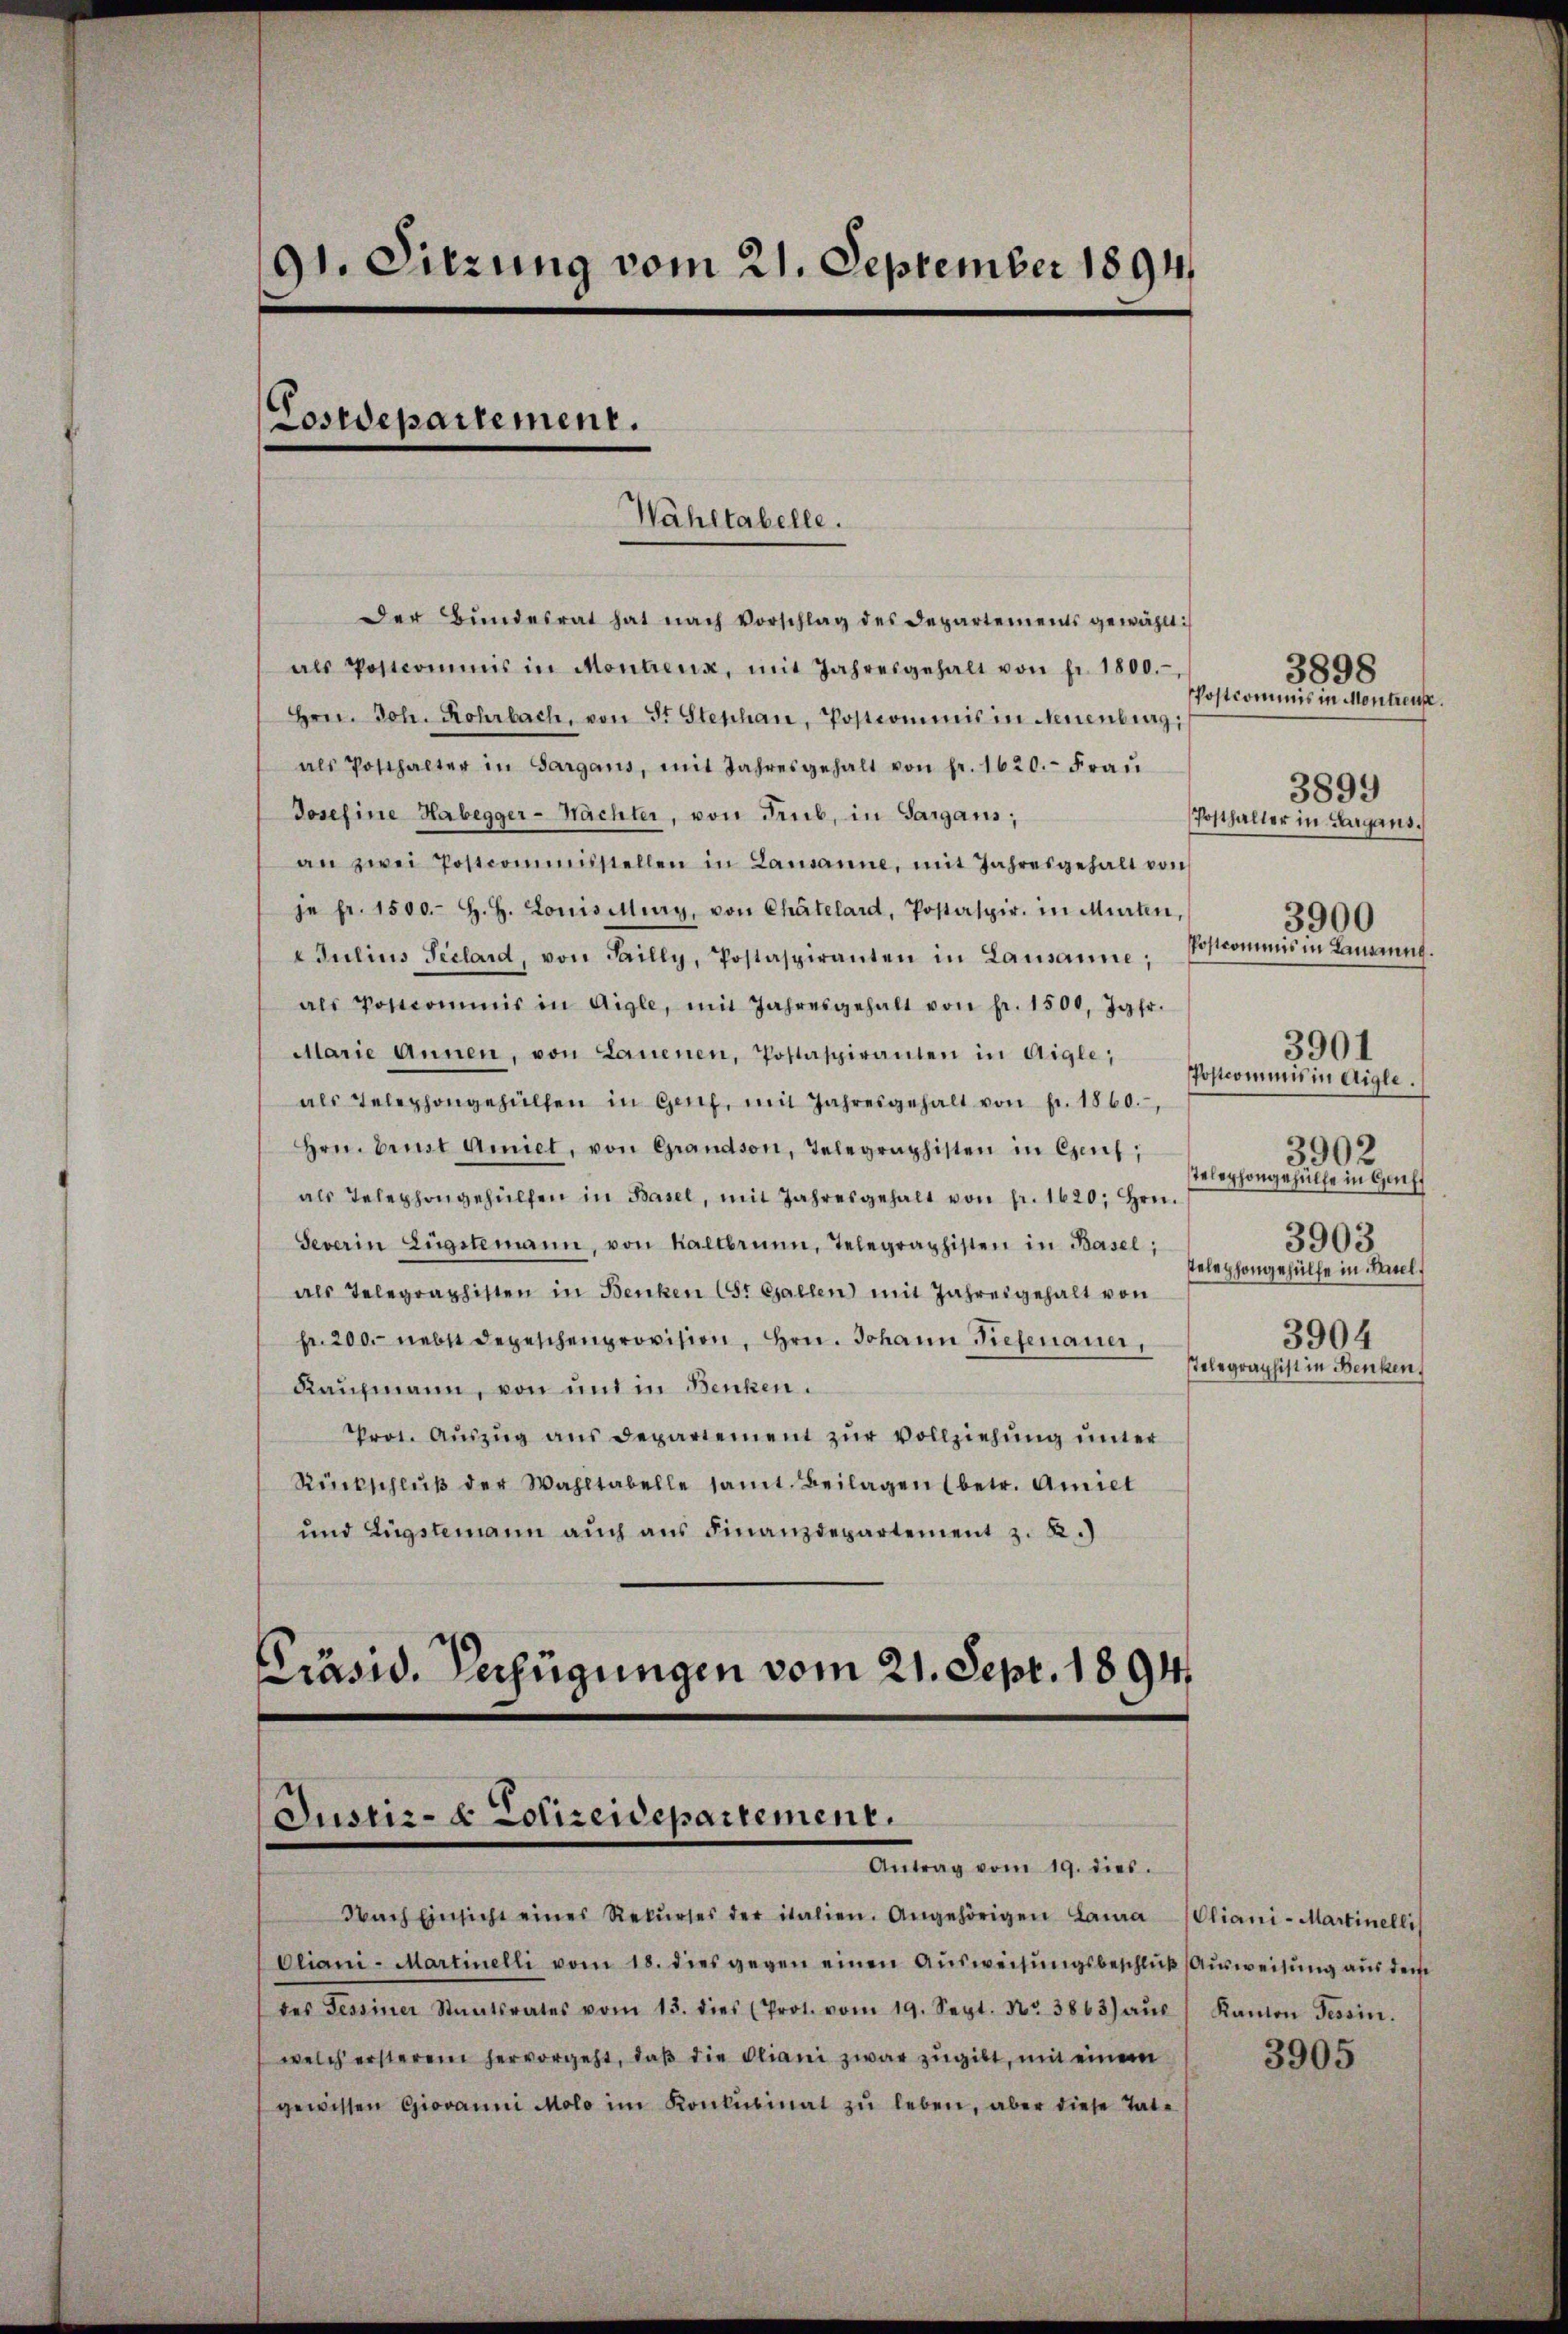
91. Sitzung vom 21. September 1894
Costdepartement.

Der Bŭndesrat hat nach Vorschlag des Departements gewählt:
als Postcommis in Montreux, mit Jahresgehalt von fr. 1800.
Hrn. Joh. Rohrbach, von St Stephan, Postcommis in Neuenburg,
als Posthalter in Sargans, mit Jahresgehalt von fr. 1620.- Fraŭ
Josefine Habegger-Nächter, von Trub, in Sargaus;
an zwei Postcommisstellen in Lausanne, mit Jahresgehalt von
je fr. 1500.- H. H. Louisitey, von Chatelard, Postaspir. in Murten,
Adulins Seclard, von Sailly, Postaspiranten in Lausanne,
als Postcommis in Aigle, mit Jahresgehalt von fr. 1500, Jgfr.
Alarie Annen, von Lauenen, Postaspiranten in Aigle,
als Telephongehülfen in Genf, mit Jahresgehalt von fr. 1860.
Hrn. Ernst Amiel, von Grandson, Telegraphisten in Genf,
als Telephongehülfen in Basel, mit Jahresgehalt von fr. 1620, Hrn.
Severin Eugstemann, von Kaltbrunn, Telegraphisten in Basel;
als Telegraphisten in Benken (S. Gallen mit Jahresgehalt von
fr. 200. nebst depeschenprovision, Hrn. Johann Tiefenauer,
Rauzmann, von und in Benken.
Prot. Aŭszŭg aŭs departement zŭr Vollziehung unter
Rückschlŭβ der Wahltabelle samt. Beilagen (betr. Amiet
und Fügstemann auch aus Finanzdepartement z. B.)

Wahltabelle.

Präsid. Verfügungen vom 21. Sept. 1894
Justiz- & Polizeidepartement.
Antrag vom 19. dies.

Oliani-Martinelli vom 18. dies gegen einen Ausweisungsbeschluß (Ausweisung aus dem
des Tessiner Staatsrates vom 13. dies (Prot. vom 19. Sept. Nr. 3863) aŭs
welch ersterem hervorgeht, daβ die Pliani zwar zugibt, mit einem
gewissen Giovanni Molo im Konkubinat zŭ leben, aber diese Tate

Nach Einsicht eines Rekŭrses der italien. Angehörigen Lana-(Oliani-Martinelli

3898
Postkommnis in Montreuse.
9
38.
Posthalter in Aargans.
3900
Postkommnis in Lausung.
3901
Postcommis in Aigle.
3902
Telephongehülfe in Gef
3903
telephongehülfe in Basel,
3904
Telegraphist in Benken,

Kanton Tessin.
3905